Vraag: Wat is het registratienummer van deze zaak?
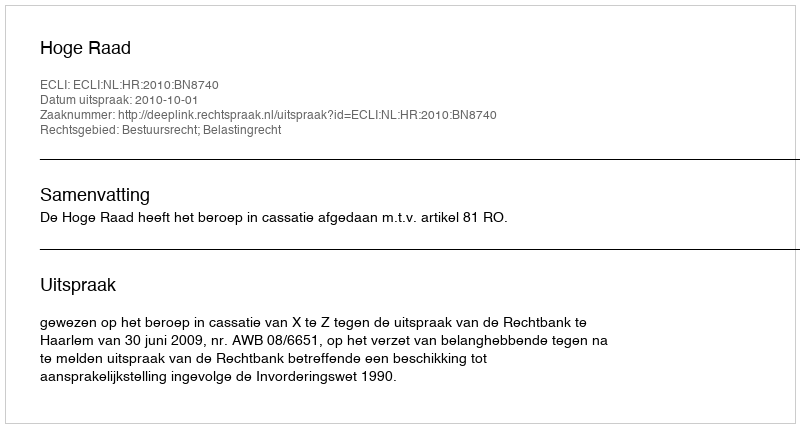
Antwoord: http://deeplink.rechtspraak.nl/uitspraak?id=ECLI:NL:HR:2010:BN8740